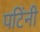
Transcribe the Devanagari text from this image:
पटिंनी